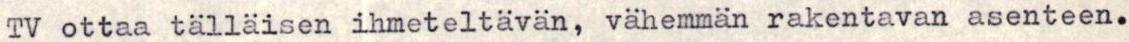
TV ottaa tälläisen ihmeteltävän, vähemmän rakentavan asenteen.